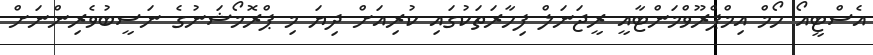
އެސްޓީއޯ ހޯމް އިމްޕްރޫވްމަންޓާއީ ރީޖަނަލް ފިހާރަތަކުގައި ކުރިއަށް ދިޔަ މި ޕްރޮމޯޝަނުގެ ނަސީބުވެރިންނަށް